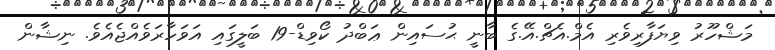
މަޝްހޫރު ވިޔަފާރިވެރި އެމް.އެޗް.އޭ.ގެ ބާނީ ޙުސައިން ޢަބްދު ކޯވިޑް-19 ބަލީގައި އަވަހާރަވެއްޖެއެވެ. ނިޝާން